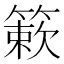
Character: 簌